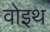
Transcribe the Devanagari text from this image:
वोइथ